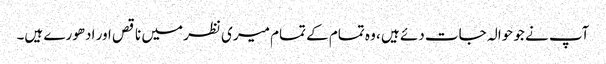
آپ نے جو حوالہ جات دئے ہیں ، وہ تمام کے تمام میری نظر میں ناقص اور ادھورے ہیں۔